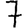
Digit: 7